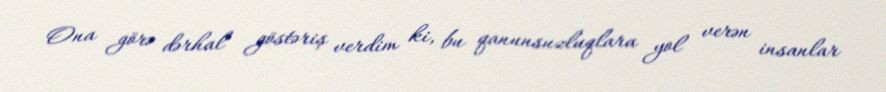
Ona görə dərhal göstəriş verdim ki, bu qanunsuzluqlara yol verən insanlar